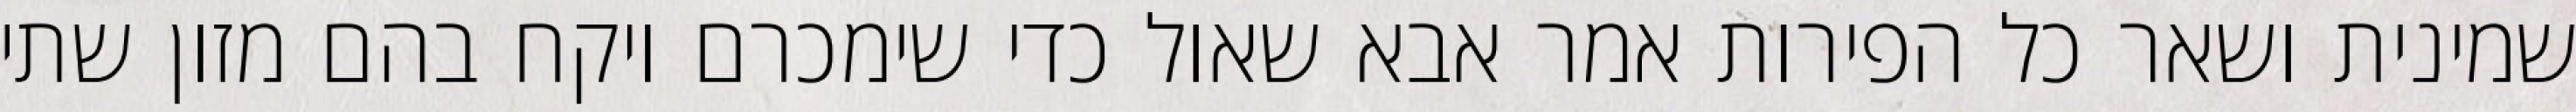
שמינית ושאר כל הפירות אמר אבא שאול כדי שימכרם ויקח בהם מזון שתי